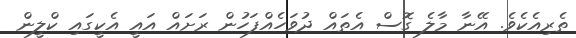
ތެރިއެކެވެ. އޭނާ މާލެ ގޮސް އެތައް ދުވަހެއްފަހުން ރަށައް އައީ އެކީގައި ކްލީން